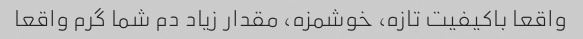
واقعا باکیفیت تازه، خوشمزه، مقدار زیاد دم شما گرم واقعا